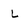
Character: L